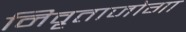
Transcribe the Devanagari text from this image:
निवृताजोगा